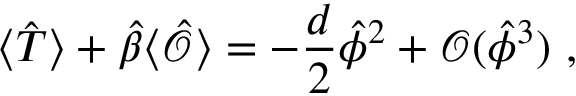
\langle \hat { T } \rangle + \hat { \beta } \langle \hat { \mathcal { O } } \rangle = - \frac { d } 2 \hat { \phi } ^ { 2 } + \mathcal { O } ( \hat { \phi } ^ { 3 } ) ~ ,